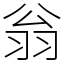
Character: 翁